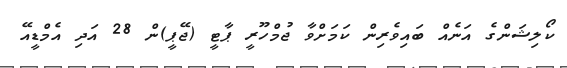
ކޯލިޝަންގެ އަނެއް ބައިވެރިން ކަމަށްވާ ޖުމްހޫރީ ޕާޓީ (ޖޭޕީ)ން 28 އަދި އެމްޑީއޭ